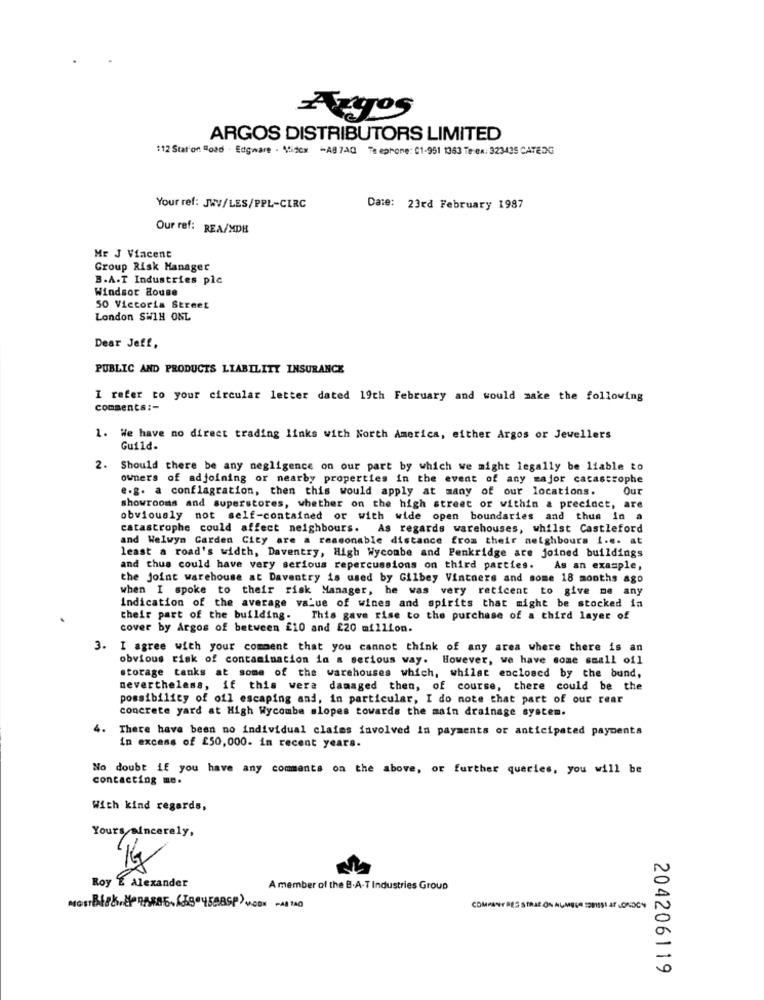
Argos
ARGOS DISTRIBUTORS LIMITED
112 Station Road - Edgware - Midos -AB 7AC Te ephone: 01-951 1363 Te ex: 323435 CATEDG
Your ref: JWV/LES/PPL-CIRC
Date: 23rd February 1987
Our ref: REA/MDH
Mr J Vincent
Group Risk Manager
B.A.T Industries plc
Windsor House
50 Victoria Street
London SW1H ONL
Dear Jeff,
PUBLIC AND PRODUCTS LIABILITY INSURANCE
I refer to your circular letter dated 19th February and would make the following
comments :-
1. We have no direct trading links with North America, either Argos or Jewellers
Guild.
2.
Should there be any negligence on our part by which we might legally be liable to
owners of adjoining or nearby properties in the event of any major catastrophe
e.g. a conflagration, then this would apply at many of our locations.
Our
showrooms and superstores, whether on the high street or within a precinct, are
obviously not self-contained or with wide open boundaries and thus in a
catastrophe could affect neighbours. As regards warehouses, whilst Castleford
and Welwyn Garden City are a reasonable distance from their neighbours i.e. at
least a road's width, Daventry, High Wycombe and Penkridge are joined buildings
and thus could have very serious repercussions on third parties. As an example,
the joint warehouse at Daventry is used by Gilbey Vintners and some 18 months ago
when I spoke to their risk Manager, he was very reticent to give me any
Indication of the average value of wines and spirits that might be stocked in
their part of the building. This gave rise to the purchase of a third layer of
cover by Argos of between £10 and £20 million.
3. I agree with your comment that you cannot think of any area where there is an
obvious risk of contamination in a serious way. However, we have some small of1
storage tanks at some of the warehouses which, whilst enclosed by the bund,
nevertheless, if this were damaged then, of course, there could be the
possibility of oil escaping and, in particular, I do note that part of our rear
concrete yard at High Wycombe slopes towards the main drainage system.
4.
There have been no individual claims involved in payments or anticipated payments
in excess of £50,000. in recent years.
No doubt if you have any comments on the above, or further queries, you will be
contacting me.
With kind regards,
Yours sincerely,
Roy E Alexander
A member of the B.A-T Industries Group
COMPANY DES STRAE ON NUMELE SORSSI AT LONDON
204206119